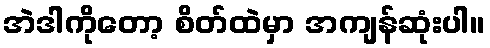
အဲဒါကိုတော့ စိတ်ထဲမှာ အကျန်ဆုံးပါ။